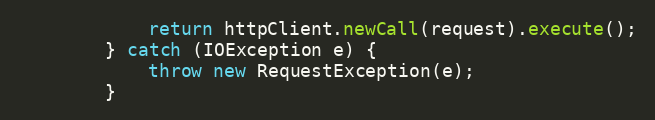
Language: Java
            return httpClient.newCall(request).execute();
        } catch (IOException e) {
            throw new RequestException(e);
        }